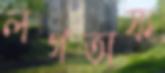
লগঅফ